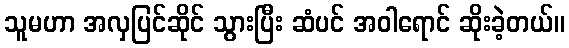
သူမဟာ အလှပြင်ဆိုင် သွားပြီး ဆံပင် အဝါရောင် ဆိုးခဲ့တယ်။